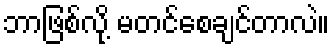
ဘာဖြစ်လို့ မတင်စေချင်တာလဲ။